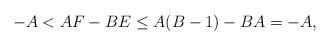
LaTeX: \begin{align*}-A < AF - BE \leq A(B-1) - BA = - A,\end{align*}